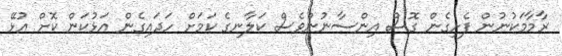
ރާމާމަކުނުން ފެށިގެން ގޮސް އިންސާނުންވެސް ކަލާނގެ ކަމަށް ހަދައިގެން އަޅުކަން ކޮށް އުޅޭ